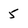
Character: 5